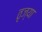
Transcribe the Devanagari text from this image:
तृज्या